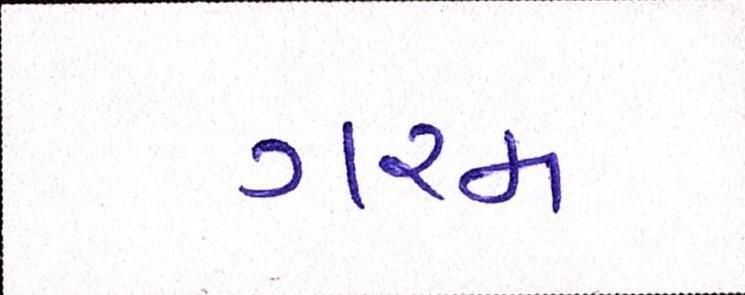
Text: ગરમ